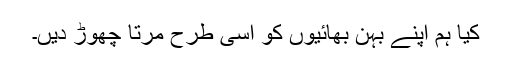
کیا ہم اپنے بہن بھائیوں کو اسی طرح مرتا چھوڑ دیں۔